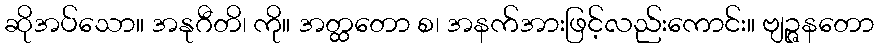
ဆိုအပ်သော။ အနုဂီတိ၊ ကို။ အတ္ထတော စ၊ အနက်အားဖြင့်လည်းကောင်း။ ဗျဉ္ဇနတော